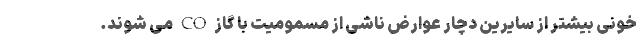
خونی بیشتر از سایرین دچار عوارض ناشی از مسمومیت با گاز CO می شوند.